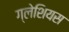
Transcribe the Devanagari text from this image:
ग्लेशियस